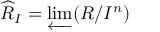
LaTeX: { \widehat { R } } _ { I } = \varprojlim ( R / I ^ { n } )